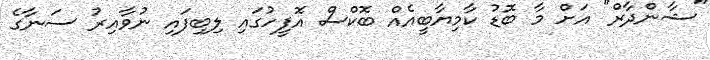
"ޝާންދާރް" އަށް މާ ބޮޑު ކާމިޔާބީއެއް ބޮކްސް އޮފީހުގައި ލިބިފައި ނުވާއިރު ސަނާގެ